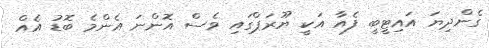
ގެންދިޔަ އައިޓީބީ ފެއާ އަކީ ޔޫރަޕްގައި ވެސް އޮންނަ އެންމެ ބޮޑު އެއް